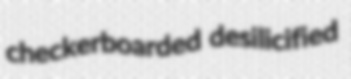
checkerboarded desilicified